Source: Handwritten
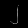
Digit: ၂ (2)